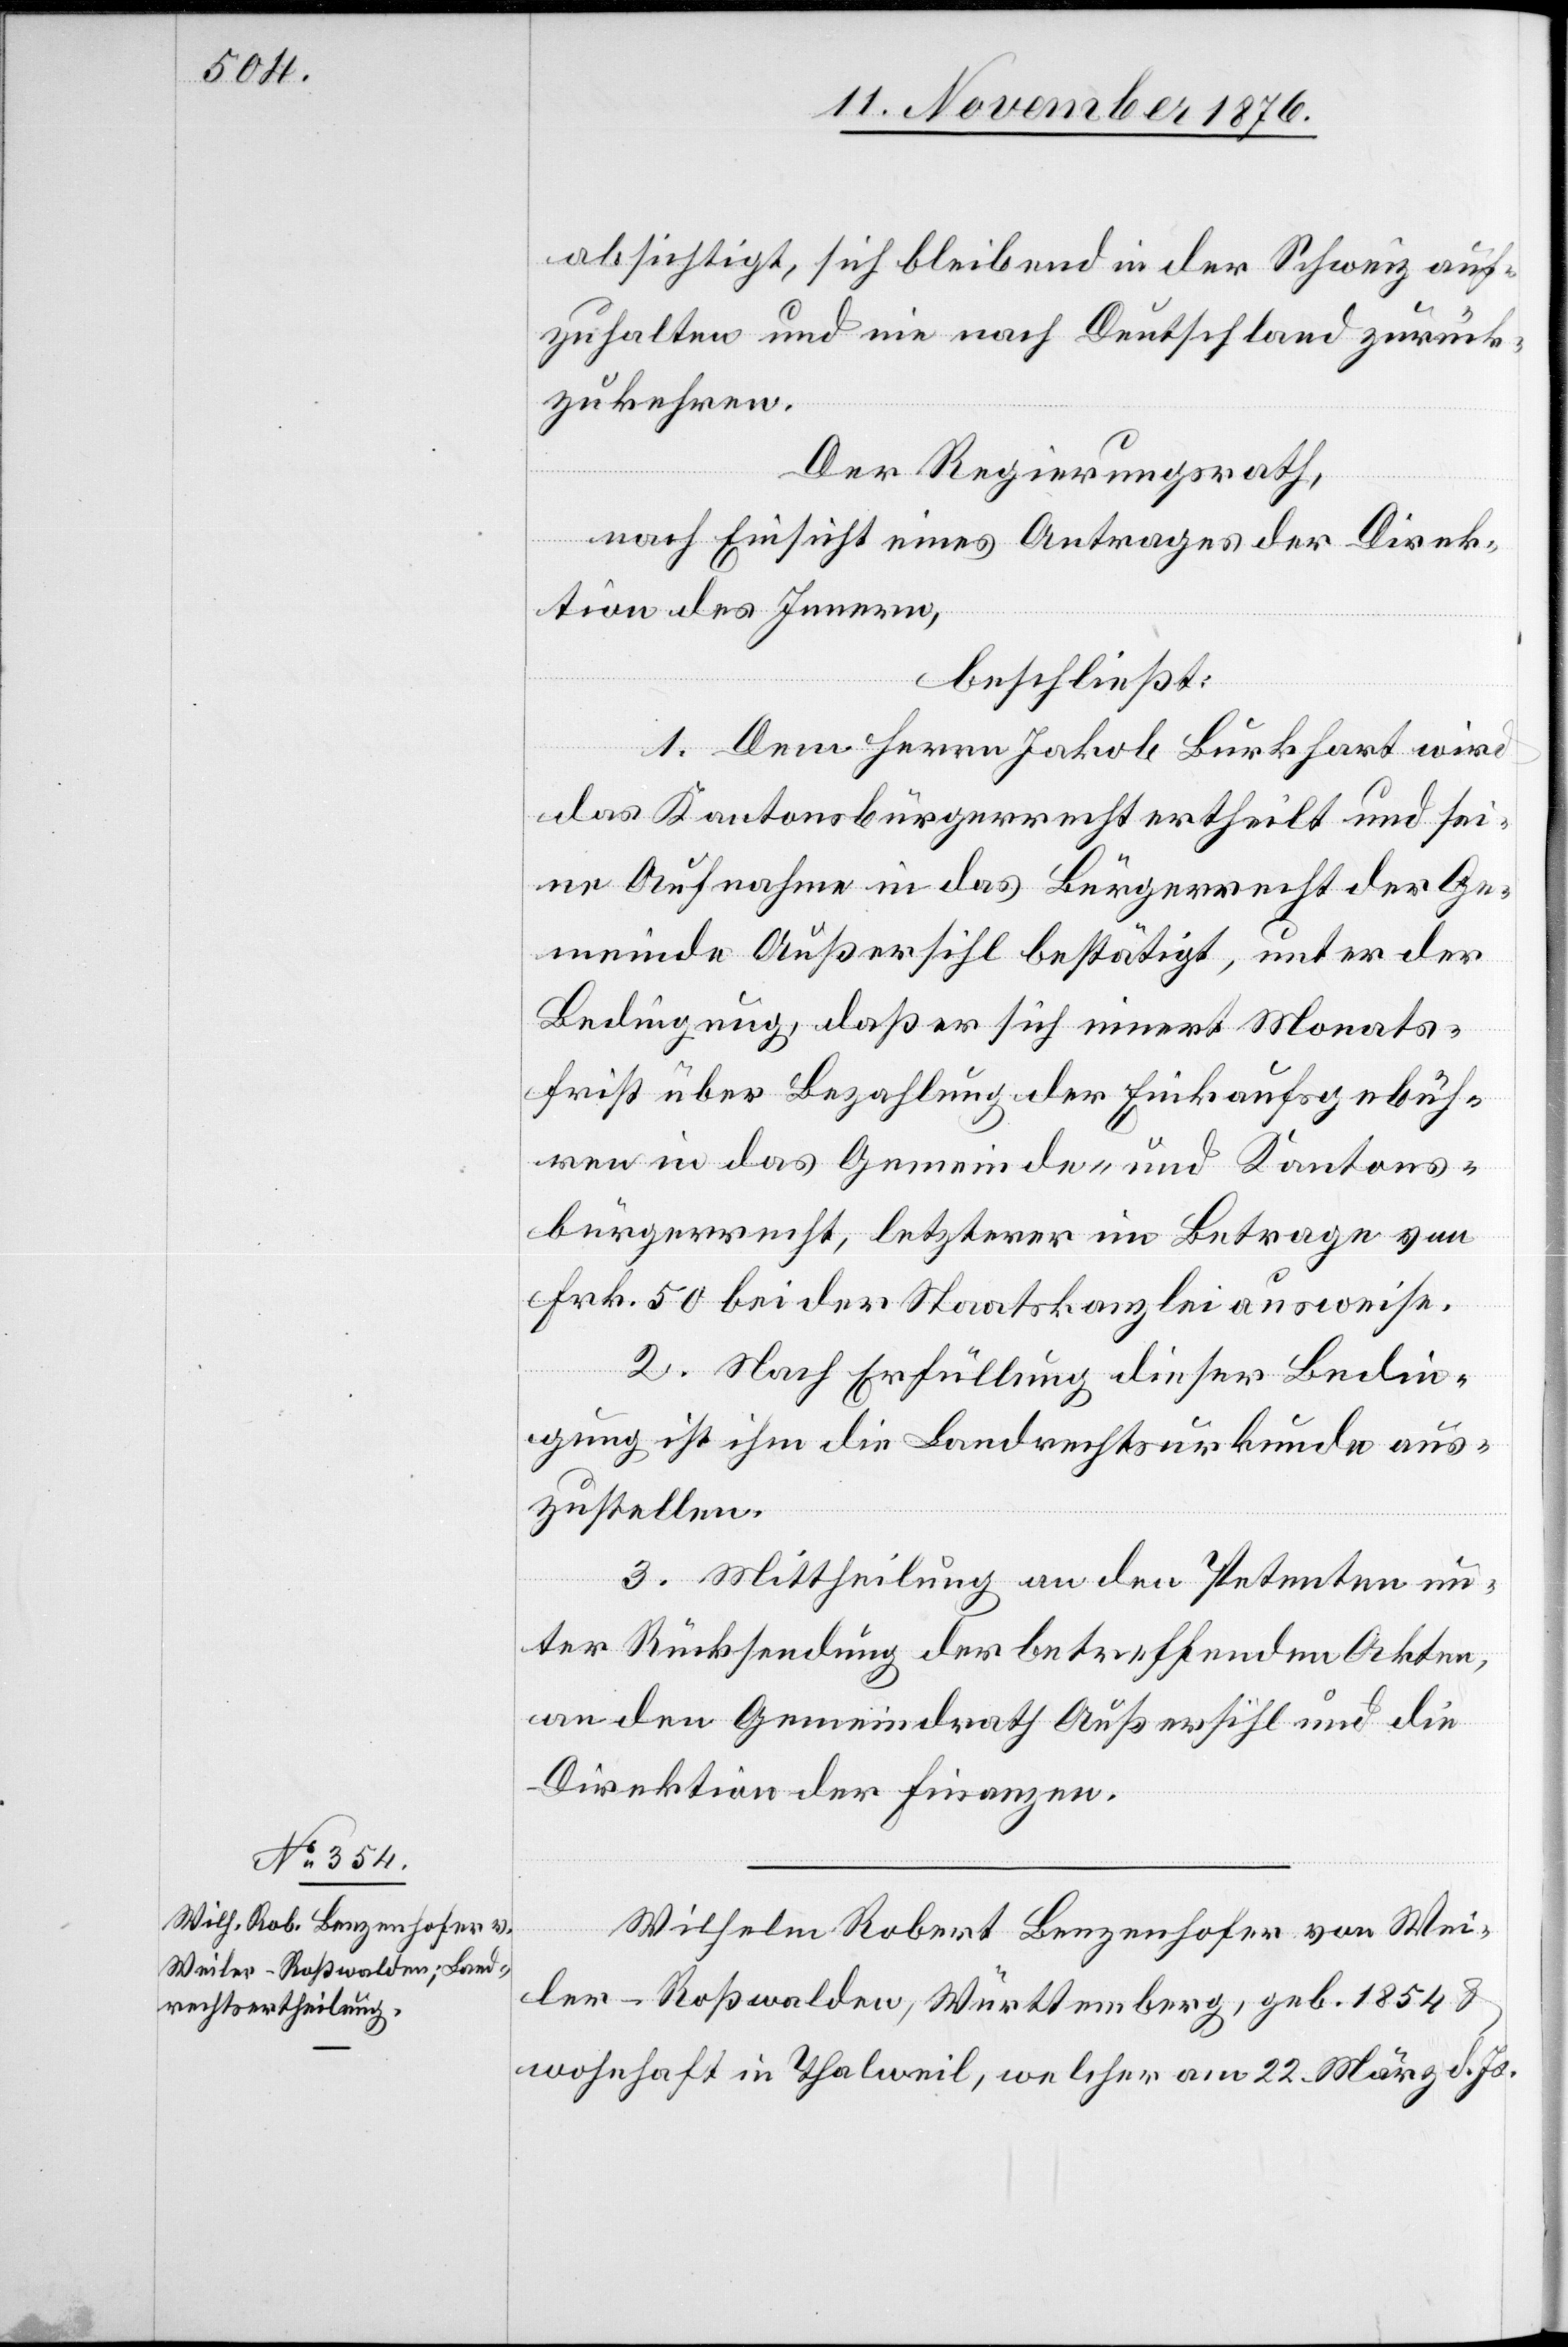
Wilhelm Robert Lenzenhofer von Wei¬
ler - Roßwalden, Württemberg, geb. 1854 &
wohnhaft in Thalweil, welcher am 22. März d. Js.